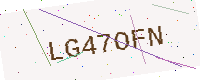
Text: LG47OFN